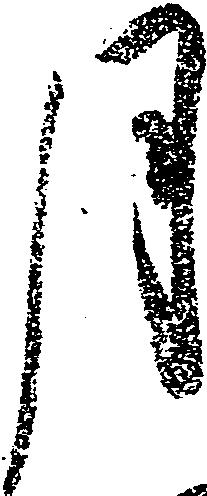
月